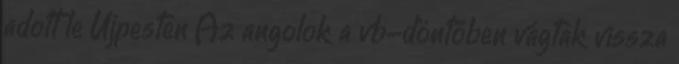
adott le Újpesten Az angolok a vb-döntőben vágtak vissza